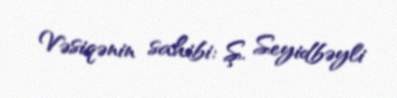
Vəsiqənin sahibi: Ş. Seyidbəyli